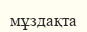
мұздақта